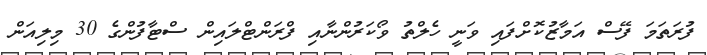
ފުރަތަމަ ފޭސް އަމާޒުކޮށްފައި ވަނީ ހެލްތު ވޯކަރުންނާއި ފްރަންޓްލައިން ސްޓާފުންގެ 30 މިލިއަން